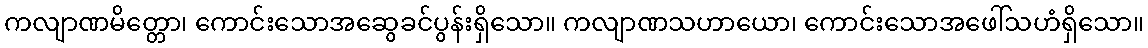
ကလျာဏမိတ္တော၊ ကောင်းသောအဆွေခင်ပွန်းရှိသော။ ကလျာဏသဟာယော၊ ကောင်းသောအဖေါ်သဟံရှိသော။